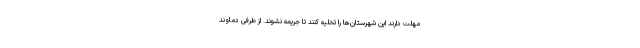
مهلت دارند این شهرستان‌ها را تخلیه کنند تا جریمه نشوند. از طرفی دماوند